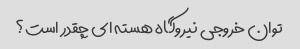
توان خروجی نیروگاه هسته ای چقدر است؟